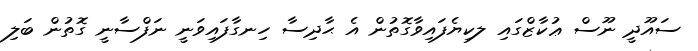
ސައޫދީ ނޫސް ޢުކާޒްގައި ލކިޔެފައިވާގޮތުން އެ ޙާދިސާ ހިނގާފައިވަނީ ނަފްސާނީ ގޮތުން ބަލި